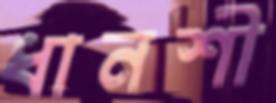
ধানশী